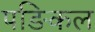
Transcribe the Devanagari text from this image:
पङिकल